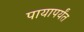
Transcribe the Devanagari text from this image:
पायापर्यंत